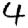
Digit: 4